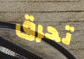
تحرق